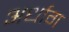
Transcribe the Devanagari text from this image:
अर्धाग